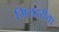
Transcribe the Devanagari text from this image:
गिलहरीया